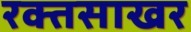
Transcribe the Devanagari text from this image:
रक्तसाखर